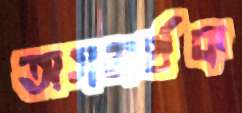
অসমর্থক